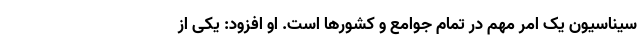
سیناسیون یک امر مهم در تمام جوامع و کشورها است. او افزود: یکی از